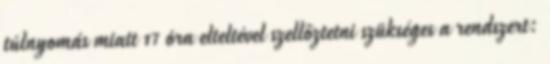
túlnyomás miatt 17 óra elteltével szellőztetni szükséges a rendszert: